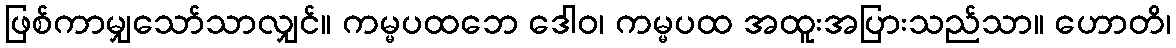
ဖြစ်ကာမျှသော်သာလျှင်။ ကမ္မပထဘေ ဒေါဝ၊ ကမ္မပထ အထူးအပြားသည်သာ။ ဟောတိ၊